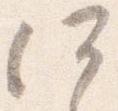
何